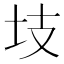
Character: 𭍾